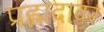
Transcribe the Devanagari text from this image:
प्रह्लादावर